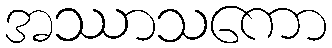
အဿာသကော